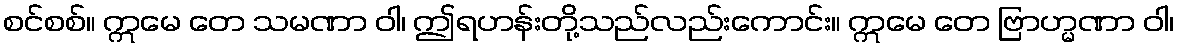
စင်စစ်။ ဣမေ တေ သမဏာ ဝါ၊ ဤရဟန်းတို့သည်လည်းကောင်း။ ဣမေ တေ ဗြာဟ္မဏာ ဝါ၊